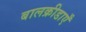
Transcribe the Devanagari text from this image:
बालक्रीडाएँ